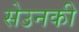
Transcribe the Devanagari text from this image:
सेउनकी